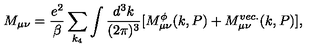
M _ { \mu \nu } = \frac { e ^ { 2 } } { \beta } \sum _ { k _ { 4 } } \int \frac { d ^ { 3 } k } { ( 2 \pi ) ^ { 3 } } [ M _ { \mu \nu } ^ { \phi } ( k , P ) + M _ { \mu \nu } ^ { v e c . } ( k , P ) ] ,